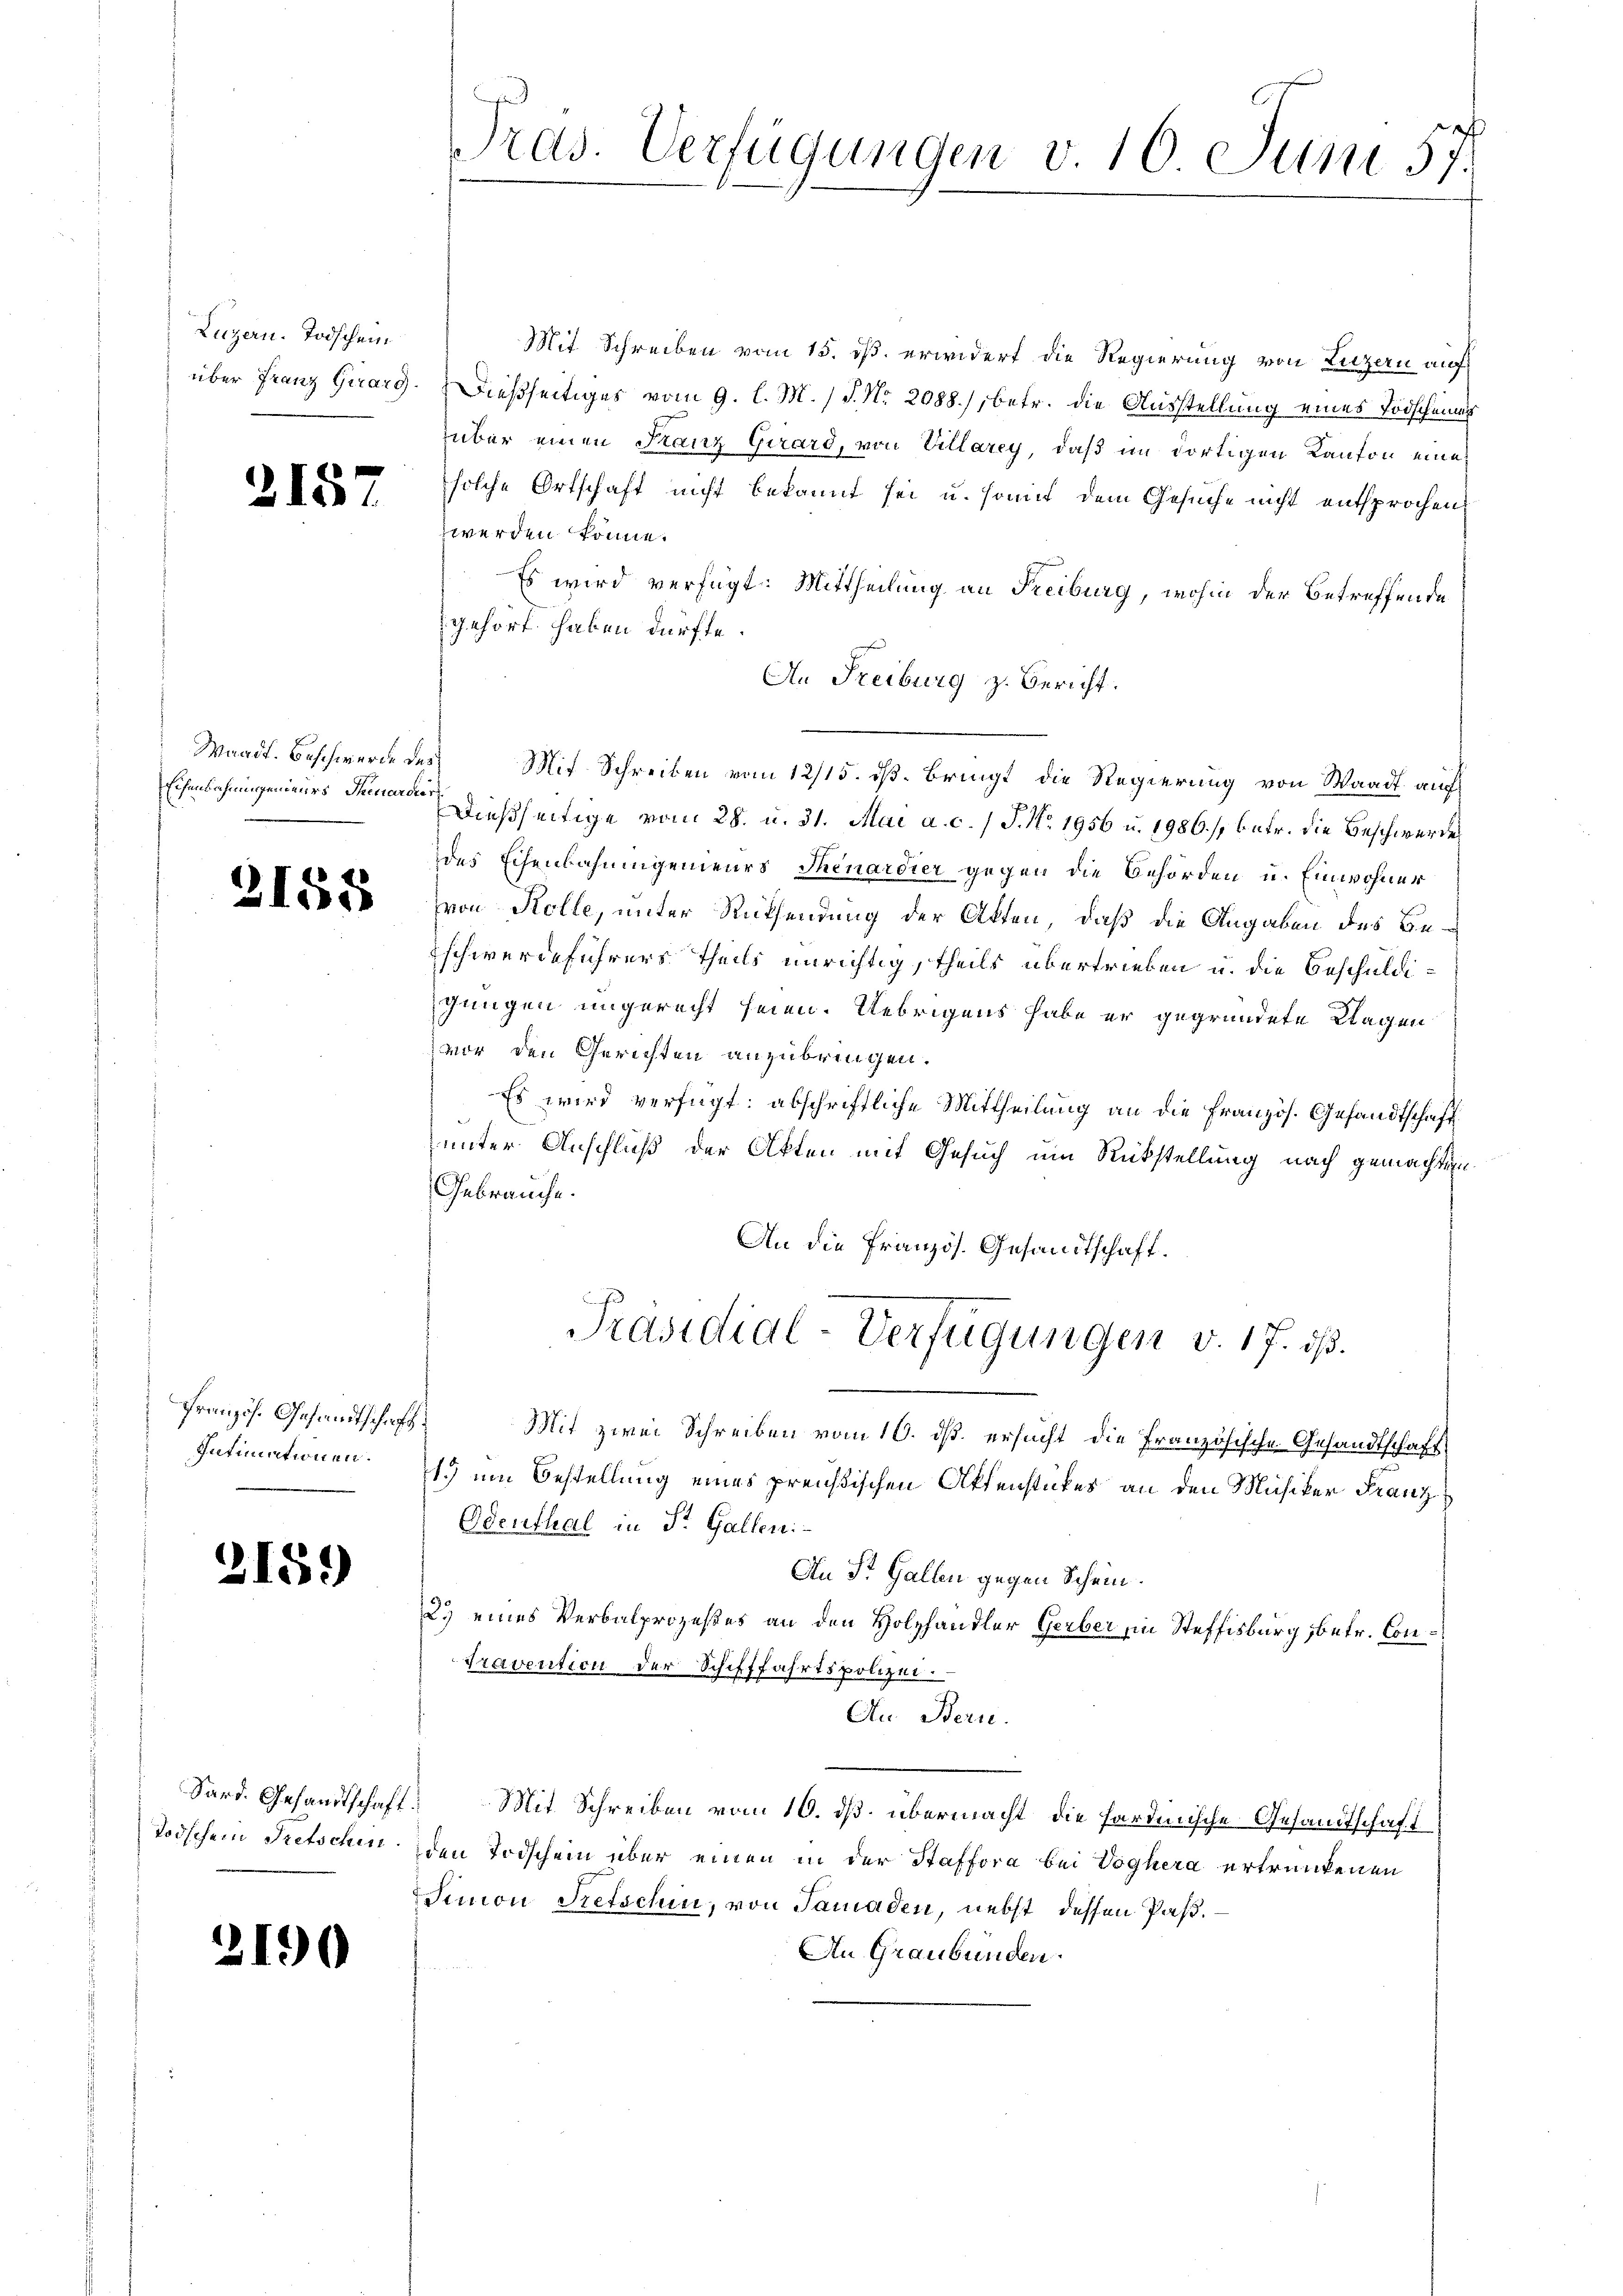
Luzern. Todschein

h

218

Waadt. Beschwerde des
Eisenbahnungenieurs Theuerdies

2155

Französ. Gesandtschaft
Intimationen.

3

159)

Todschein Tretschen

3190

1
Tras. Verfügungen v. 10 Juni 57.

Mit Schreiben vom 15. ds. erwidert die Regierung von Luzern auf
über Franz Quarg. Dießseitiges vom 9. l. M. / P. Nr. 2088./, betr. die Ausstellung eines Todscheiner
über einen Franz Girard, von Villarey, daß im dortigen Kanton eine
solche Ortschaft nicht bekannt sei u. somit dem Gesuche nicht entsprochen,
zwerden könne.
Es wird verfügt: Mittheilung an Freiburg, wohin der betreffende
gehört haben dürfte.
An Freiburg z. Bericht.
Mit Schreiben vom 12/15. ds. bringt die Regierung von Waadt auf
Dießseitige vom 28. u. 31. Mai a. c. / 5. No. 1956 u. 1986), betr. die Beschwerde
des Eisenbahnungenieurs Thenardier gegen die Behörden u. Einwohner
von Rolle, unter Rücksendung der Akten, daß die Angaben des Beschwerdeführers Theils unrichtig, theils übertrieben u. die Beschuldigungen ungerecht seien. Uebrigens habe er gegründete Wagen
vor den Gerichten anzubringen.
Es wird verfügt: abschriftliche Mittheilung an die Französ. Gesandtschaft
unter Anschluß der Akten mit Gesuch um Rückstellung nach gemachten
Gebrauche.
An die Pranzös. Gesandtschaft.
Präsidial-Verfügungen v. 17. ds.
Mit zwei Schreiben vom 10. ds. ersucht die Französische Gesandtschaft
1.) um Bestellung eines preußischen Aktenstückes an den Musiker Franz
Odenthal in St. Gallen:
An St. Gallen gegen Schein.
2.) eines Verbalprozeßes an den Holzhandler Gerber ein Steffisburg, betr. Con¬
Travention der Schifffahrtspolizei.
An Berne.
Sard. Gesandtschaft. Mit Schreiben vom 10. ds. übermacht die fordenische Gesandtschaft
den Todschein über einen in der Staffora bei Voghera ertrunkenen
Simon Fetschen, von Samaden, nebst dessen Paβ.
An Graubünden.